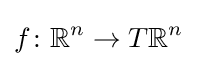
f\colon \mathbb {R} ^{n}\to T\mathbb {R} ^{n}